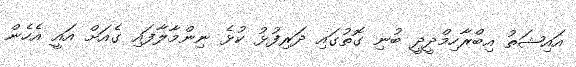
އައިޝަތު އިބްރާހިމްދީދީ ބުނި ގޮތުގައި ދަރިފުޅު ކުޅެ ނިންމާލާފައި ގެއަށް އައީ އެހެން